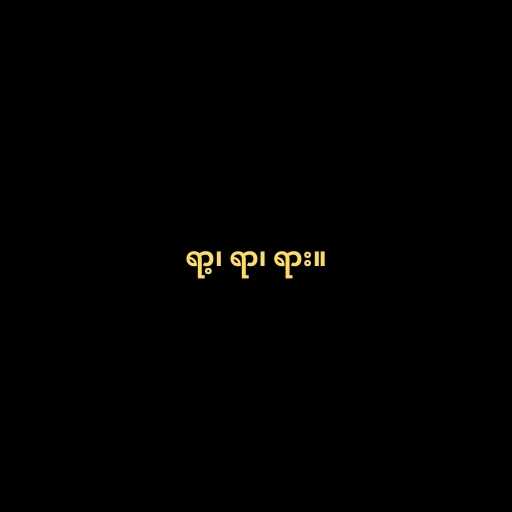
ရာ့၊ ရာ၊ ရား။